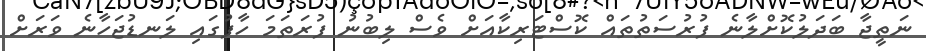
ނަތީޖާ ބަދަލުކޮށްލާނެ ފުރުސަތުތައް ކޮސްޓަރިކާއަށް ވެސް ލިބުނު ފުރަތަމަ ހާފުގައި ލަނޑުޖަހާނެ ވަރަށް